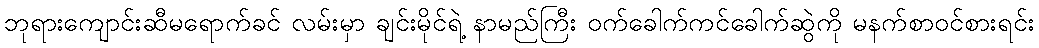
ဘုရားကျောင်းဆီမရောက်ခင် လမ်းမှာ ချင်းမိုင်ရဲ့ နာမည်ကြီး ဝက်ခေါက်ကင်ခေါက်ဆွဲကို မနက်စာဝင်စားရင်း